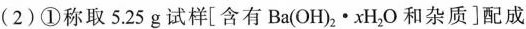
(2)①称取5.25g试样[含有Ba(OH)_{2}·xH_{2}O和杂质]配成